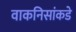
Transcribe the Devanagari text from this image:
वाकनिसांकडे